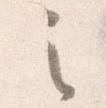
之